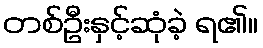
တစ်ဦးနှင့်ဆုံခဲ့ ရ၏။